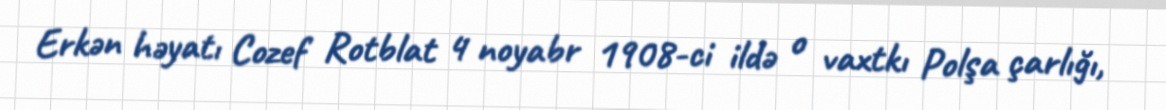
Erkən həyatı Cozef Rotblat 4 noyabr 1908-ci ildə o vaxtkı Polşa çarlığı,